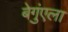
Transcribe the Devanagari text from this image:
बेगुंएला